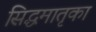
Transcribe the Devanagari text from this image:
सिद्धमातृका